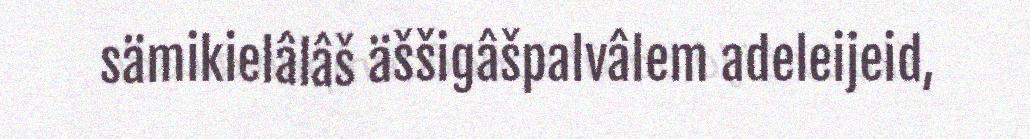
sämikielâlâš äššigâšpalvâlem adeleijeid,